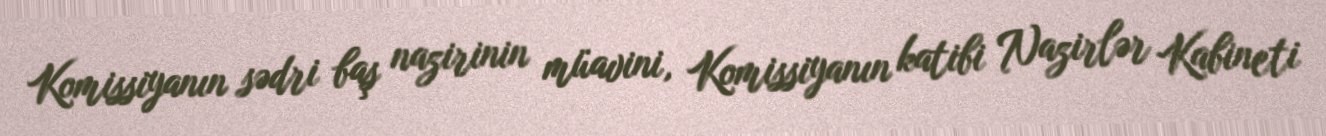
Komissiyanın sədri baş nazirinin müavini, Komissiyanın katibi Nazirlər Kabineti